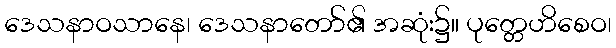
ဒေသနာဝသာနေ၊ ဒေသနာတော်၏ အဆုံး၌။ ပုတ္တေဟိစေဝ၊